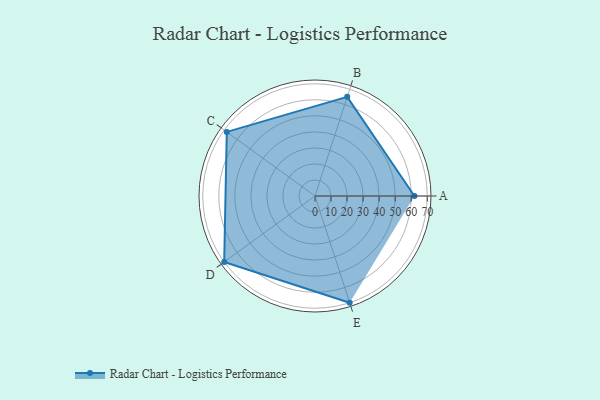
{"axis": {"x": "Skill", "y": "Score"}, "legend": ["Profile"], "data": [{"x": "A", "y": 62.0, "type": "Profile"}, {"x": "B", "y": 65.0, "type": "Profile"}, {"x": "C", "y": 68.0, "type": "Profile"}, {"x": "D", "y": 70.0, "type": "Profile"}, {"x": "E", "y": 70.0, "type": "Profile"}]}